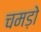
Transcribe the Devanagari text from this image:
चमड़ो